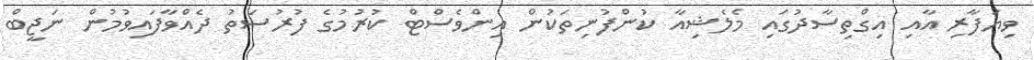
ވިޔަފާރި އާއި އިގްތިސާދުގައި މެލެޝިއާ ކުންފުނިތަކުން އިންވެސްޓް ކުރުމުގެ ފުރުސަތު ދެއްވާފައިވުމުން ނަޖީބް